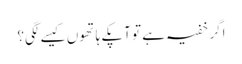
اگر خفیہ ہے تو آپکے ہاتھوں کیسے لگی؟